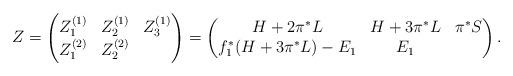
LaTeX: \begin{align*}Z=\begin{pmatrix}Z_1^{(1)} & Z_2^{(1)} & Z_3^{(1)} \\Z_1^{(2)} & Z_2^{(2)} & \end{pmatrix}=\begin{pmatrix}H+2\pi^* L & H+3\pi^* L & \pi^*S \\f_1^*(H+3\pi^* L)-E_1 & E_1 & \end{pmatrix}.\end{align*}